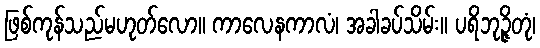
ဖြစ်ကုန်သည်မဟုတ်လော။ ကာလေနကာလံ၊ အခါခပ်သိမ်း။ ပရိဘုဉ္ဇိတုံ၊